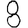
Digit: 8